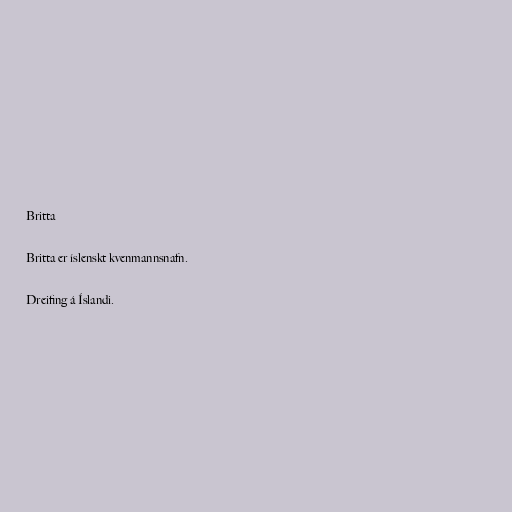
Britta

Britta er íslenskt kvenmannsnafn.

Dreifing á Íslandi.